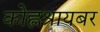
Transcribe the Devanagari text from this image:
कोह्लश्रायबर